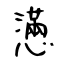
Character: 懣